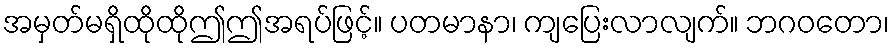
အမှတ်မရှိထိုထိုဤဤအရပ်ဖြင့်။ ပတမာနာ၊ ကျပြေးလာလျက်။ ဘဂဝတော၊